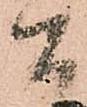
間